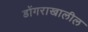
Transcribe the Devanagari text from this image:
डोंगराखालील